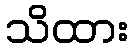
သိထား